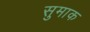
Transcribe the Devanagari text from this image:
सुमाक